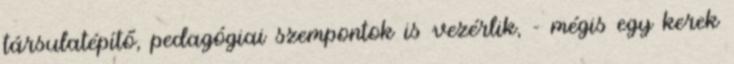
társulatépítő, pedagógiai szempontok is vezérlik, - mégis egy kerek